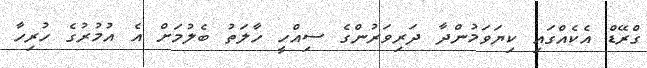
ގްރޭޑް އެކެއްގައި ކިޔަވަމުންދާ ދަރިވަރުންގެ ސިއްހީ ހާލަތު ބެލުމަށް އެ އުމުރުގެ ހުރިހާ